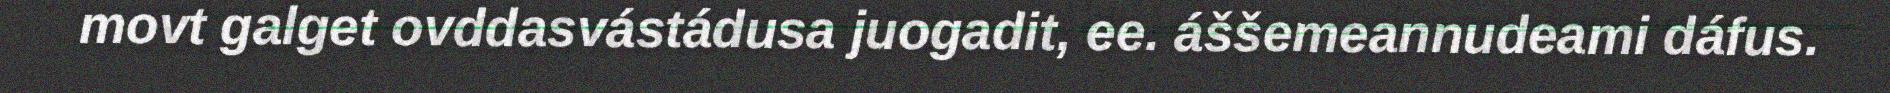
movt galget ovddasvástádusa juogadit, ee. áššemeannudeami dáfus.